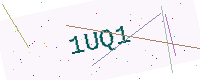
Text: 1UQ1